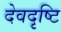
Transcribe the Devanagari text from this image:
देवदृष्टि